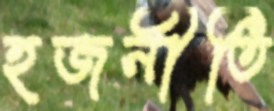
হজনীতি